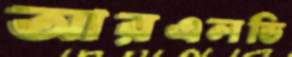
আরএলডি